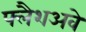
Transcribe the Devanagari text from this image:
फ्लैशअवे